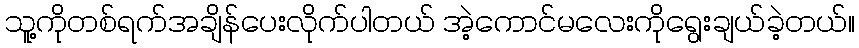
သူ့ကိုတစ်ရက်အချိန်ပေးလိုက်ပါတယ် အဲ့ကောင်မလေးကိုရွေးချယ်ခဲ့တယ်။